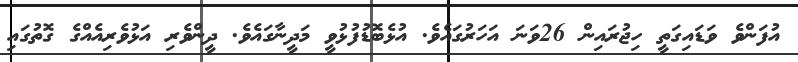
އުފަންވެ ވަޑައިގަތީ ހިޖުރައިން 26ވަނަ އަހަރުގައެވެ. އުޅެބޮޑުފުޅުވީ މަދީނާގައެވެ. ދީންވެރި އަޅުވެރިއެއްގެ ގޮތުގައި